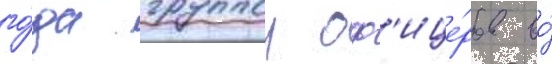
го́да группои оф'ице́ров во́